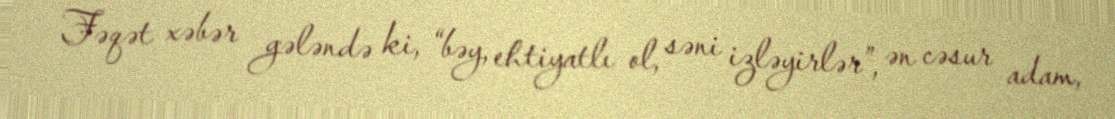
Fəqət xəbər gələndə ki, “bəy, ehtiyatlı ol, səni izləyirlər”, ən cəsur adam,